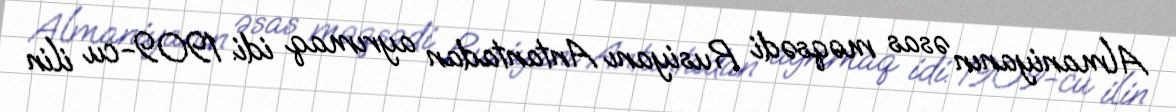
Almaniyanın əsas məqsədi Rusiyanı Antantadan ayrımaq idi. 1909-cu ilin